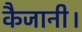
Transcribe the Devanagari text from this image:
कैजानी।